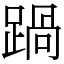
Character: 踻